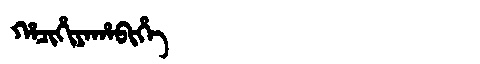
Manchu: ᡥᠠᠴᡳᡥᡳᠶᠠᡥᠠᠪᡳᡥᡝ
Romanization: HACIHIYAHABIHE